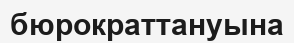
бюрократтануына